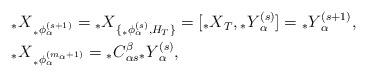
LaTeX: \begin{align*}&{_{*}X}_{{_{*}\phi}^{(s+1)}_{\alpha}}={_{*}X}_{\{{_{*}\phi}^{(s)}_{\alpha},H_{T}\}}=[{_{*}X}_{T},{_{*}Y}^{(s)}_{\alpha}]={_{*}Y}^{(s+1)}_{\alpha},\\&{_{*}X}_{{_{*}\phi}^{(m_{\alpha}+1)}_{\alpha}}={_{*}C}_{\alpha s}^{\beta}{_{*}Y}^{(s)}_{\alpha},\end{align*}